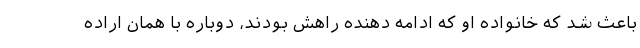
باعث شد که خانواده او که ادامه دهنده راهش بودند، دوباره با همان اراده